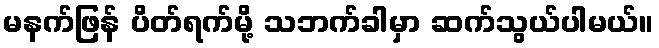
မနက်ဖြန် ပိတ်ရက်မို့ သဘက်ခါမှာ ဆက်သွယ်ပါမယ်။